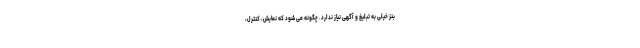
بنز خیلی به تبلیغ و آگهی نیاز ندارد. چگونه می شود که نمایش، کنترل،